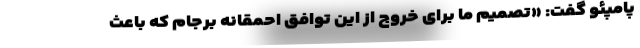
پامپئو گفت: «تصمیم ما برای خروج از این توافق احمقانه برجام که باعث